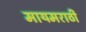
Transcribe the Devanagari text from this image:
मायमराठी